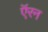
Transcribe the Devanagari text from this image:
ऍरन